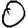
Digit: 0